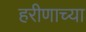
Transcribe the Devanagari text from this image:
हरीणाच्या